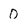
Character: 0